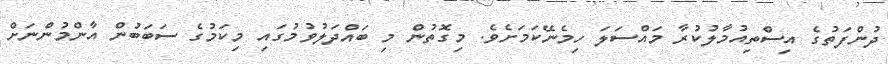
ދުންފަތުގެ އިސްތިއުމާލުކުރާ މައްސަލަ ހިމެނޭކަމަށެވެ. މިގޮތުން މި ބައްދަލުވުމުގައި މިކަމުގެ ސަބަބުން އާންމުންނަށް